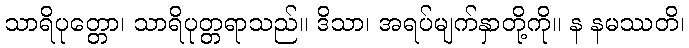
သာရိပုတ္တော၊ သာရိပုတ္တရာသည်။ ဒိသာ၊ အရပ်မျက်နှာတို့ကို။ န နမဿတိ၊